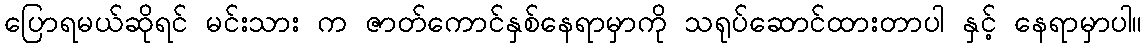
ပြောရမယ်ဆိုရင် မင်းသား က ဇာတ်ကောင်နှစ်နေရာမှာကို သရုပ်ဆောင်ထားတာပါ နှင့် နေရာမှာပါ။